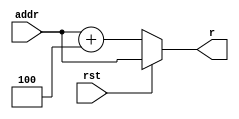
///////////////////////////////////////////////////////////////////////////////
// Type: Module
// Project: MIPS Pipeline CPU 54 Instructions
///////////////////////////////////////////////////////////////////////////////

`timescale 1ns / 1ns

module npc(
    input [31:0] addr,
    input rst,
    output [31:0] r
    );

    assign r = rst ? addr : addr + 4;

endmodule